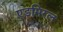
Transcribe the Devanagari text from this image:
एडमिरल